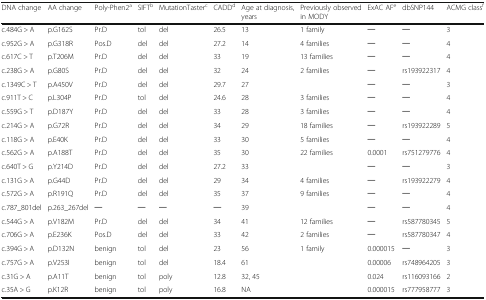
<table><thead><tr><td><b>DNA change</b></td><td><b>AA change</b></td><td><b>Poly-Phen2<sup>a</sup></b></td><td><b>SIFT<sup>b</sup></b></td><td><b>MutationTaster<sup>c</sup></b></td><td><b>CADD<sup>d</sup></b></td><td><b>Age at diagnosis, years</b></td><td><b>Previously observed in MODY</b></td><td><b>ExAC AF<sup>e</sup></b></td><td><b>dbSNP144</b></td><td><b>ACMG class<sup>f</sup></b></td></tr></thead><tbody><tr><td>c.484G &gt; A</td><td>p.G162S</td><td>Pr.D</td><td>tol</td><td>del</td><td>26.5</td><td>13</td><td>1 family</td><td>─</td><td>─</td><td>3</td></tr><tr><td>c.952G &gt; A</td><td>p.G318R</td><td>Pos.D</td><td>del</td><td>del</td><td>27.2</td><td>14</td><td>4 families</td><td>─</td><td>─</td><td>4</td></tr><tr><td>c.617C &gt; T</td><td>p.T206M</td><td>Pr.D</td><td>del</td><td>del</td><td>33</td><td>19</td><td>13 families</td><td>─</td><td>─</td><td>4</td></tr><tr><td>c.238G &gt; A</td><td>p.G80S</td><td>Pr.D</td><td>del</td><td>del</td><td>32</td><td>24</td><td>2 families</td><td>─</td><td>rs193922317</td><td>4</td></tr><tr><td>c.1349C &gt; T</td><td>p.A450V</td><td>Pr.D</td><td>del</td><td>del</td><td>29.7</td><td>27</td><td></td><td>─</td><td>─</td><td>3</td></tr><tr><td>c.911T &gt; C</td><td>p.L304P</td><td>Pr.D</td><td>tol</td><td>del</td><td>24.6</td><td>28</td><td>3 families</td><td>─</td><td>─</td><td>4</td></tr><tr><td>c.559G &gt; T</td><td>p.D187Y</td><td>Pr.D</td><td>del</td><td>del</td><td>33</td><td>28</td><td>3 families</td><td>─</td><td>─</td><td>4</td></tr><tr><td>c.214G &gt; A</td><td>p.G72R</td><td>Pr.D</td><td>del</td><td>del</td><td>34</td><td>29</td><td>18 families</td><td>─</td><td>rs193922289</td><td>5</td></tr><tr><td>c.118G &gt; A</td><td>p.E40K</td><td>Pr.D</td><td>del</td><td>del</td><td>33</td><td>30</td><td>5 families</td><td>─</td><td>─</td><td>4</td></tr><tr><td>c.562G &gt; A</td><td>p.A188T</td><td>Pr.D</td><td>del</td><td>del</td><td>35</td><td>30</td><td>22 families</td><td>0.0001</td><td>rs751279776</td><td>4</td></tr><tr><td>c.640T &gt; G</td><td>p.Y214D</td><td>Pr.D</td><td>del</td><td>del</td><td>27.2</td><td>33</td><td></td><td>─</td><td>─</td><td>3</td></tr><tr><td>c.131G &gt; A</td><td>p.G44D</td><td>Pr.D</td><td>del</td><td>del</td><td>29</td><td>34</td><td>4 families</td><td>─</td><td>rs193922279</td><td>4</td></tr><tr><td>c.572G &gt; A</td><td>p.R191Q</td><td>Pr.D</td><td>del</td><td>del</td><td>35</td><td>37</td><td>9 families</td><td>─</td><td>─</td><td>4</td></tr><tr><td>c.787_801del</td><td>p.263_267del</td><td>─</td><td>─</td><td>─</td><td>─</td><td>39</td><td></td><td>─</td><td>─</td><td>4</td></tr><tr><td>c.544G &gt; A</td><td>p.V182M</td><td>Pr.D</td><td>del</td><td>del</td><td>34</td><td>41</td><td>12 families</td><td>─</td><td>rs587780345</td><td>5</td></tr><tr><td>c.706G &gt; A</td><td>p.E236K</td><td>Pos.D</td><td>del</td><td>del</td><td>33</td><td>42</td><td>2 families</td><td>─</td><td>rs587780347</td><td>4</td></tr><tr><td>c.394G &gt; A</td><td>p.D132N</td><td>benign</td><td>tol</td><td>del</td><td>23</td><td>56</td><td>1 family</td><td>0.000015</td><td>─</td><td>3</td></tr><tr><td>c.757G &gt; A</td><td>p.V253I</td><td>benign</td><td>tol</td><td>del</td><td>18.4</td><td>61</td><td></td><td>0.00006</td><td>rs748964205</td><td>3</td></tr><tr><td>c.31G &gt; A</td><td>p.A11T</td><td>benign</td><td>tol</td><td>poly</td><td>12.8</td><td>32, 45</td><td></td><td>0.024</td><td>rs116093166</td><td>2</td></tr><tr><td>c.35A &gt; G</td><td>p.K12R</td><td>benign</td><td>tol</td><td>poly</td><td>16.8</td><td>NA</td><td></td><td>0.000015</td><td>rs777958777</td><td>3</td></tr></tbody></table>